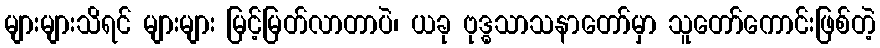
များများသိရင် များများ မြင့်မြတ်လာတာပဲ၊ ယခု ဗုဒ္ဓသာသနာတော်မှာ သူတော်ကောင်းဖြစ်တဲ့